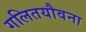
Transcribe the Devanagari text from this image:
गलितयौवना